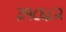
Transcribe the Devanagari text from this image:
३१८६८२